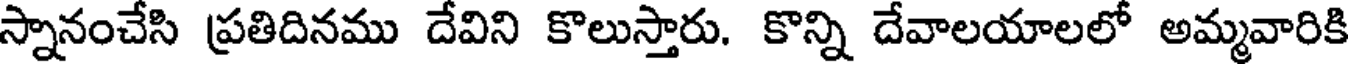
స్నానంచేసి ప్రతిదినము దేవిని కొలుస్తారు. కొన్ని దేవాలయాలలో అమ్మవారికి